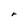
Character: r